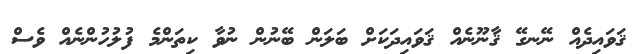
ޤަވައިދެއް ނޭނގޭ ޤާނޫނެއް ޤަވައިދަކަށް ބަލަން ބޭނުން ނުވާ ކިތަންމެ ފުލުހުންނެއް ވެސް